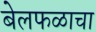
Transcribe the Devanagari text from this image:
बेलफळाचा